Lunatic asylums Punjab 1881-1894 - 1881-1894
Year: 1881
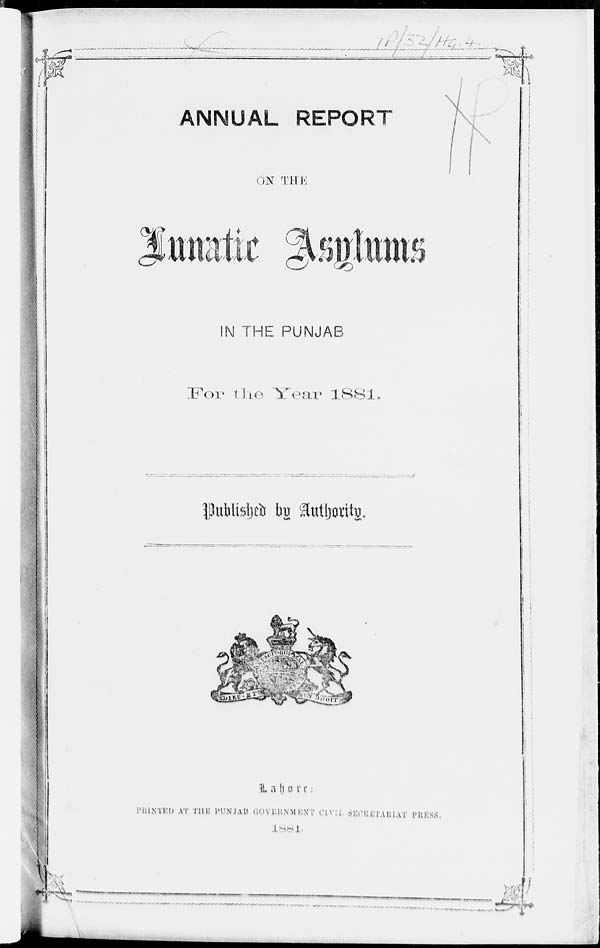
ANNUAL REPORT
ON THE
Lunatic Asylums
IN THE PUNJAB
For the Year 1881.
Published by Authority.
Lahore:
PRINTED AT THE PUNJAB GOVERNMENT CIVIL SECRETARIAT PRESS.
1881.